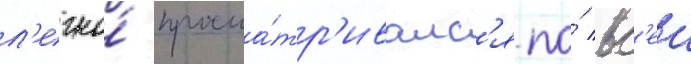
л'егко́ просма́тр'ивалс'я по́ вс'еи